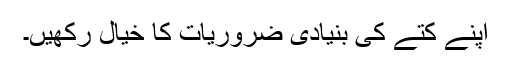
اپنے کتے کی بنیادی ضروریات کا خیال رکھیں۔